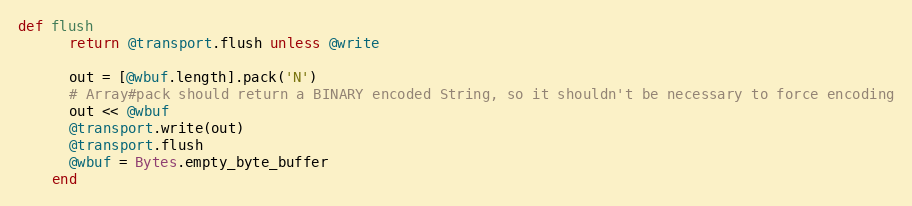
Language: Ruby
def flush
      return @transport.flush unless @write

      out = [@wbuf.length].pack('N')
      # Array#pack should return a BINARY encoded String, so it shouldn't be necessary to force encoding
      out << @wbuf
      @transport.write(out)
      @transport.flush
      @wbuf = Bytes.empty_byte_buffer
    end